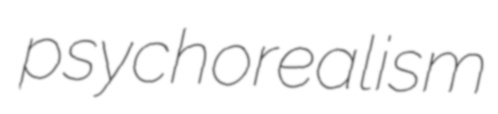
psychorealism